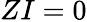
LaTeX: ZI=0